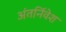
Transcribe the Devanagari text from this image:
अंतर्निवेश